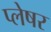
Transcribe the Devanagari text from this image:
प्लेषर